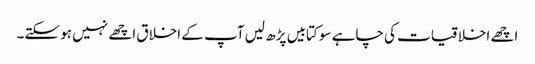
اچھے اخلاقیات کی چاہے سو کتابیں پڑھ لیں آپ کے اخلاق اچھے نہیں ہو سکتے۔